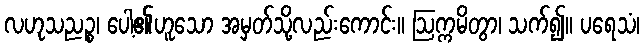
လဟုသညဉ္စ၊ ပေါ့၏ဟူသော အမှတ်သို့လည်းကောင်း။ ဩက္ကမိတွာ၊ သက်၍။ ပရေသံ၊